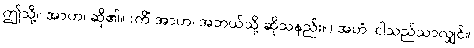
ဤသို့။ အာဟ၊ ဆို၏။ (ကိံ အာဟ၊ အဘယ်သို့ ဆိုသနည်း။) အဟံ၊ ငါသည်သာလျှင်။